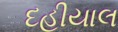
દહીયાલ